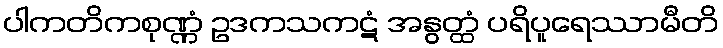
ပါကတိကစုဏ္ဏံ ဥဒကသကဋံ အနွတ္ထံ ပရိပူရေဿာမီတိ